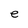
Character: e